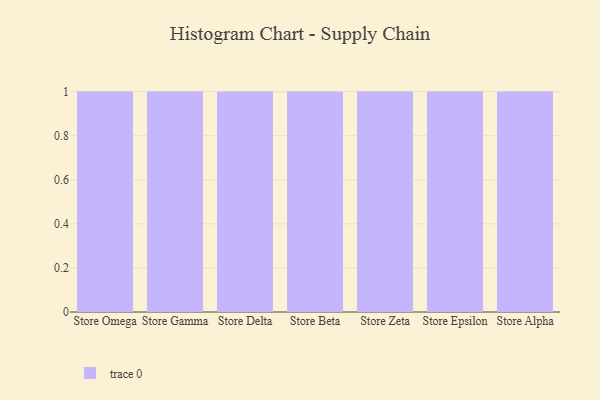
{"axis": {"x": "Store", "y": "Gross Profit (USD K)"}, "legend": [""], "data": [{"x": "Store Omega", "y": 12, "type": ""}, {"x": "Store Gamma", "y": 71, "type": ""}, {"x": "Store Delta", "y": 74, "type": ""}, {"x": "Store Beta", "y": 11, "type": ""}, {"x": "Store Zeta", "y": 4, "type": ""}, {"x": "Store Epsilon", "y": 54, "type": ""}, {"x": "Store Alpha", "y": 10, "type": ""}]}